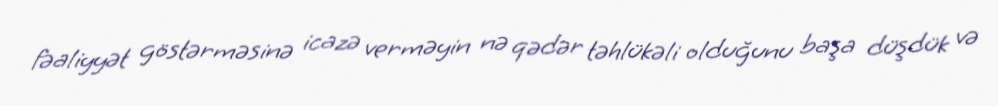
fəaliyyət göstərməsinə icazə verməyin nə qədər təhlükəli olduğunu başa düşdük və